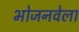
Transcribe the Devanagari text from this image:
भोजनवेला